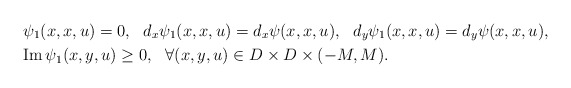
\begin{align*} &\psi_1(x, x,u)=0,\ \ d_x\psi_1(x, x,u)=d_x\psi(x,x,u),\ \ d_y\psi_1(x, x,u)=d_y\psi(x, x,u),\\&{\rm Im\,}\psi_1(x,y,u)\geq0,\ \ \forall (x,y,u)\in D\times D\times(-M,M).\end{align*}